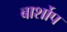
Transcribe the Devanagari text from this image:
बार्शोप